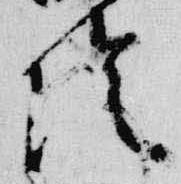
陰